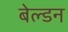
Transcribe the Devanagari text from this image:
बेल्डन